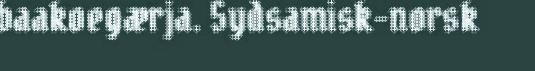
baakoegærja. Sydsamisk-norsk